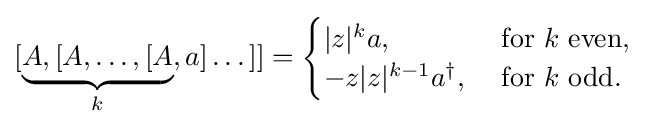
[\underbrace {A,[A,\dots ,[A} _{k},a]\dots ]]={\begin{cases}|z|^{k}a,&{\text{ for }}k{\text{ even}},\\-z|z|^{k-1}a^{\dagger },&{\text{ for }}k{\text{ odd}}.\end{cases}}